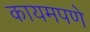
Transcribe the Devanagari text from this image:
कायमपणे